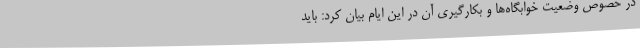
در خصوص وضعیت خوابگاه‌ها و بکارگیری آن در این ایام بیان کرد: باید